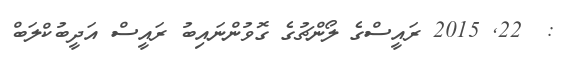
:  22